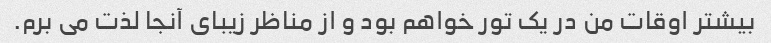
بیشتر اوقات من در یک تور خواهم بود و از مناظر زیبای آنجا لذت می برم.